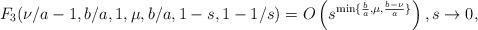
LaTeX: \begin{align*} F_3(\nu/a-1,b/a,1,\mu, b/a, 1-s,1-1/s)=O\left(s^{\min\{\frac{b}{a},\mu,\frac{b-\nu}{a}\}}\right),s\rightarrow 0,\end{align*}